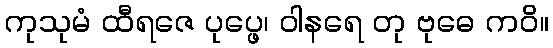
ကုသုမံ ထီရဇေ ပုပ္ဖေ၊ ဝါနရေ တု ဗုဓေ ကဝိ။